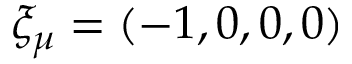
\xi _ { \mu } = ( - 1 , 0 , 0 , 0 )